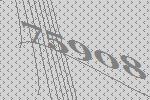
75908